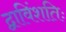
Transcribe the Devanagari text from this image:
द्वाविंशतिः